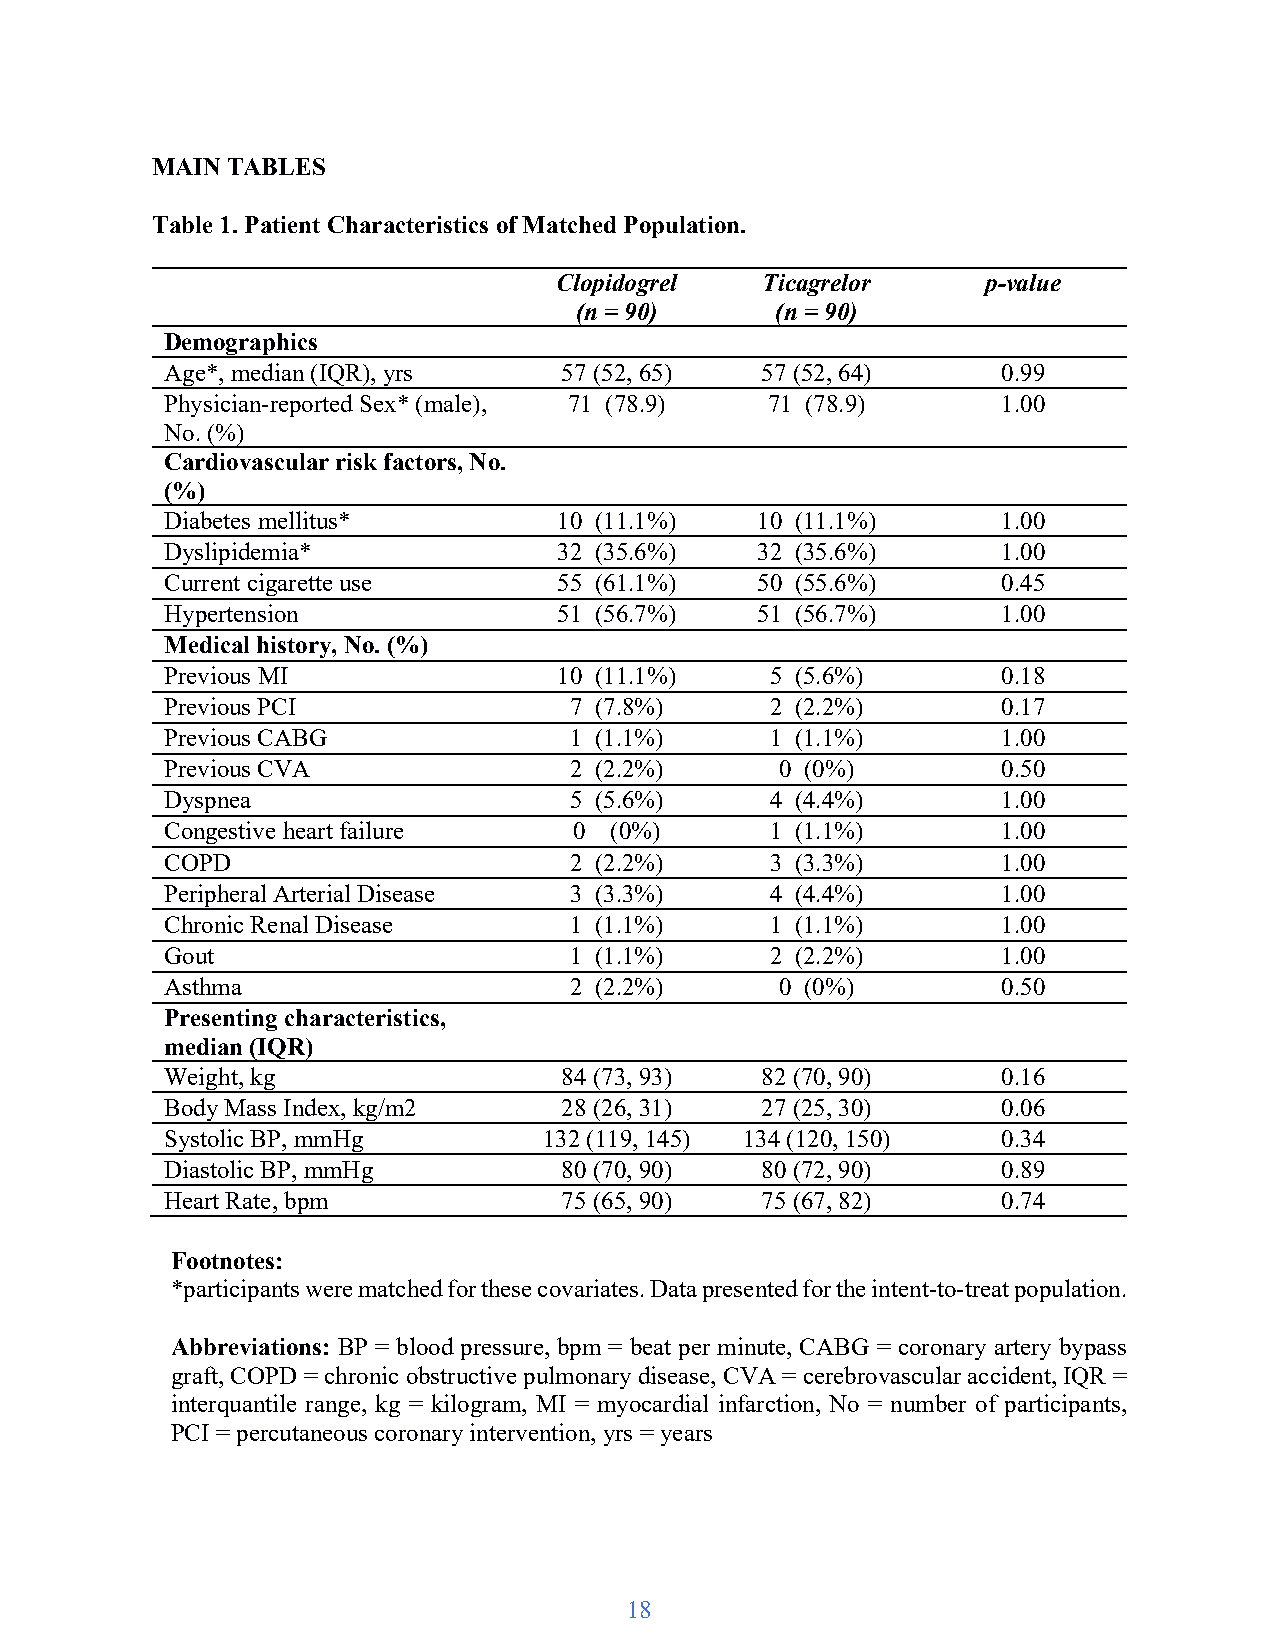
MAIN TABLES
 Table 1. Patient Characteristics of Matched Population.
 Clopidogrel  Ticagrelor     p-value
 (n = 90)     (n = 90)
 Demographics
 Age*, median (IQR), yrs   57 (52, 65)  57 (52, 64)     0.99
 Physician-reported Sex* (male), 71 (78.9) 71 (78.9)    1.00
 No. (%)
 Cardiovascular risk factors, No.
 (%)
 Diabetes mellitus*        10 (11.1%)   10 (11.1%)      1.00
 Dyslipidemia*             32 (35.6%)   32 (35.6%)      1.00
 Current cigarette use     55 (61.1%)   50 (55.6%)      0.45
 Hypertension              51 (56.7%)   51 (56.7%)      1.00
 Medical history, No. (%)
 Previous MI               10 (11.1%)    5 (5.6%)       0.18
 Previous PCI               7 (7.8%)     2 (2.2%)       0.17
 Previous CABG              1 (1.1%)     1 (1.1%)       1.00
 Previous CVA               2 (2.2%)      0 (0%)        0.50
 Dyspnea                    5 (5.6%)     4 (4.4%)       1.00
 Congestive heart failure   0 (0%)       1 (1.1%)       1.00
 COPD                       2 (2.2%)     3 (3.3%)       1.00
 Peripheral Arterial Disease 3 (3.3%)    4 (4.4%)       1.00
 Chronic Renal Disease      1 (1.1%)     1 (1.1%)       1.00
 Gout                       1 (1.1%)     2 (2.2%)       1.00
 Asthma                     2 (2.2%)      0 (0%)        0.50
 Presenting characteristics,
 median (IQR)
 Weight, kg                84 (73, 93)  82 (70, 90)     0.16
 Body Mass Index, kg/m2    28 (26, 31)  27 (25, 30)     0.06
 Systolic BP, mmHg        132 (119, 145) 134 (120, 150) 0.34
 Diastolic BP, mmHg        80 (70, 90)  80 (72, 90)     0.89
 Heart Rate, bpm           75 (65, 90)  75 (67, 82)     0.74
 Footnotes:
 *participants were matched for these covariates. Data presented for the intent-to-treat population.
 Abbreviations: BP = blood pressure, bpm = beat per minute, CABG = coronary artery bypass
 graft, COPD = chronic obstructive pulmonary disease, CVA = cerebrovascular accident, IQR =
 interquantile range, kg = kilogram, MI = myocardial infarction, No = number of participants,
 PCI = percutaneous coronary intervention, yrs = years
 18